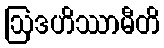
ဩဒဟိဿာမီတိ